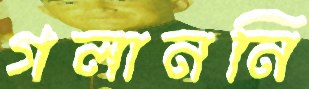
গলাননি